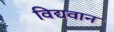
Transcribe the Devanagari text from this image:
विद्यवान